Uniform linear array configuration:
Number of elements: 8
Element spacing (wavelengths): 0.25
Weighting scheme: cosine
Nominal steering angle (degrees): -45
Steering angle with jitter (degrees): -46.006
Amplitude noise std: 0.05
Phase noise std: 0.05

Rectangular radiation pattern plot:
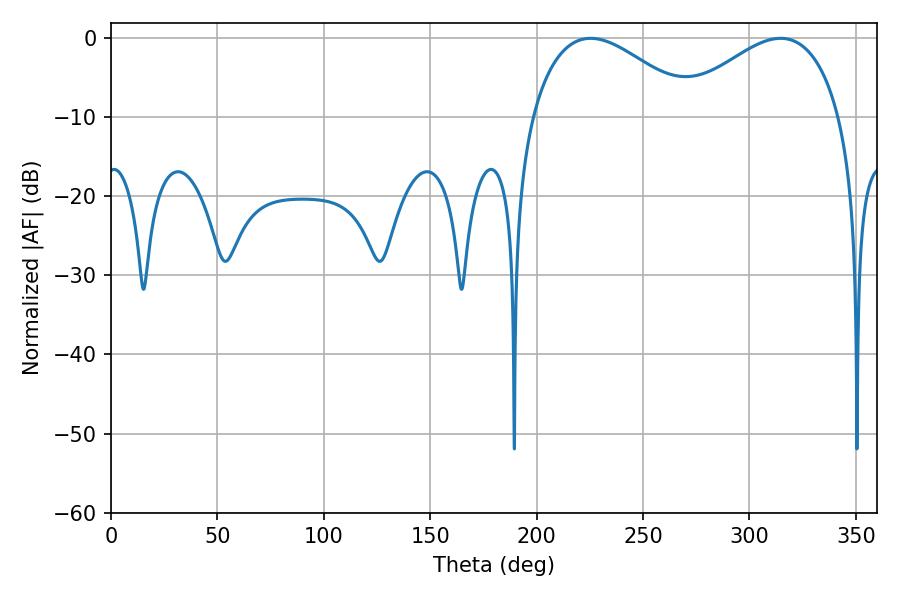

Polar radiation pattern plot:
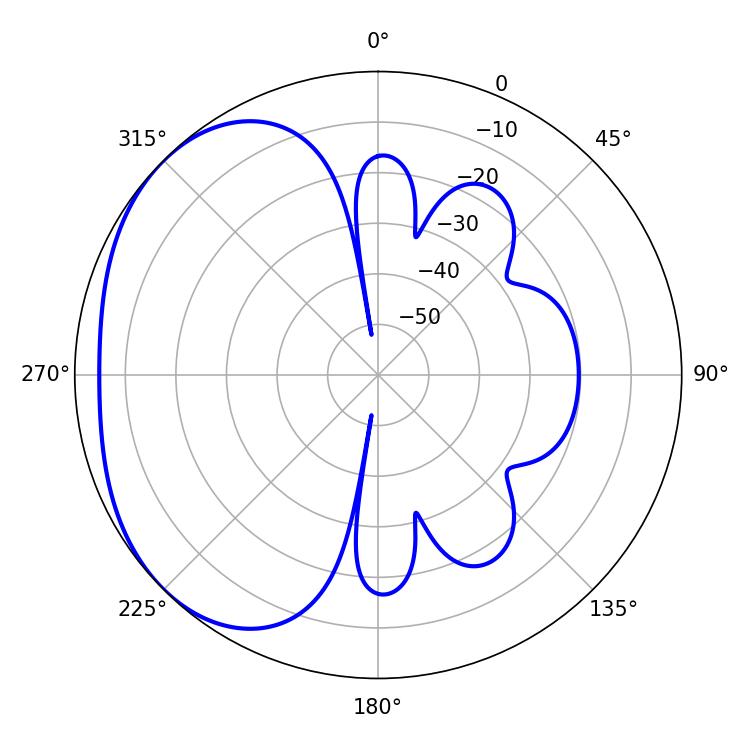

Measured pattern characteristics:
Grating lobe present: FALSE
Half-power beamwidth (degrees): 42.12
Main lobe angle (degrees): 225.36